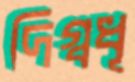
দিগ্বধূ